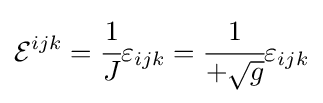
{\mathcal {E}}^{ijk}={\cfrac {1}{J}}\varepsilon _{ijk}={\cfrac {1}{+{\sqrt {g}}}}\varepsilon _{ijk}